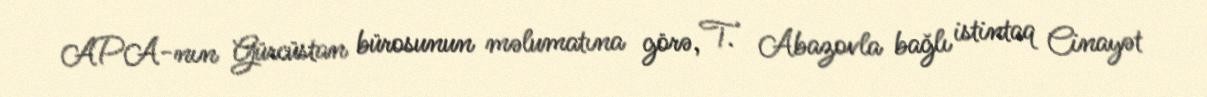
APA-nın Gürcüstan bürosunun məlumatına görə, T. Abazovla bağlı istintaq Cinayət